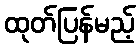
ထုတ်ပြန်မည့်